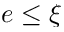
e \leq \xi